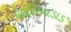
સોસિયાડાડ